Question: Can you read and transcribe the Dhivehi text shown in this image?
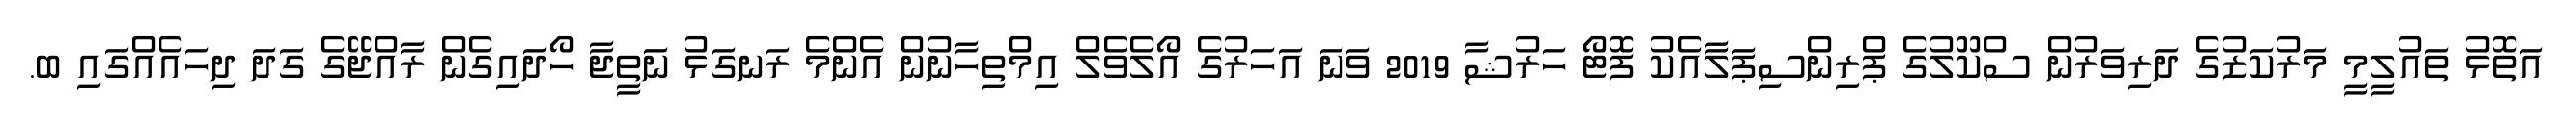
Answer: އަތޮޅު ތައުލީމީ މަރުކަޒުގެ ދަރިވަރުން ސްކޫލުގެ ޕްރިންސިޕަލާއެކު ފޮޓޯ ހަރުޝާ 2019 ވަނަ އަހަރުގެ އޯލެވެލް އިމްތިހާނުން އެންމެ ރަނގަޅު ނަތީޖާ ހޯދައިގެން ރާއްޖޭގެ ގަދަ ދިހައެއްގައި ބ.